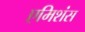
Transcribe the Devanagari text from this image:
एमिशंस